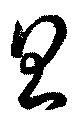
思